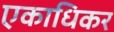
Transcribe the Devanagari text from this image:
एकाधिकर